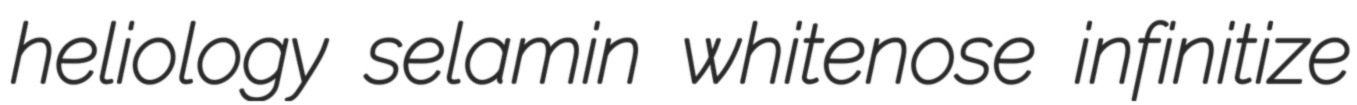
heliology selamin whitenose infinitize